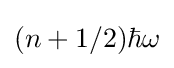
(n+1/2)\hbar \omega